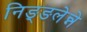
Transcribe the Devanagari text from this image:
निङ्ङलेन्ने